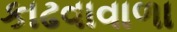
કાઢવાવાળા